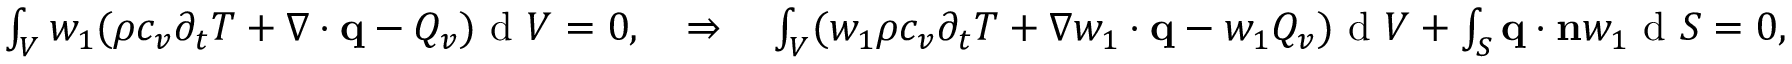
\begin{array} { r } { \int \displaylimits _ { V } w _ { 1 } ( \rho c _ { v } \partial _ { t } T + \nabla \cdot \mathbf q - Q _ { v } ) \textrm { d } V = 0 , \quad \Rightarrow \quad \int \displaylimits _ { V } ( w _ { 1 } \rho c _ { v } \partial _ { t } T + \nabla w _ { 1 } \cdot \mathbf q - w _ { 1 } Q _ { v } ) \textrm { d } V + \int \displaylimits _ { S } \mathbf q \cdot \mathbf n w _ { 1 } \textrm { d } S = 0 , } \end{array}